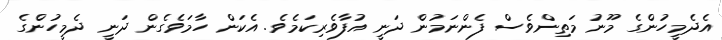
އެދެމީހުންގެ މޫނު މަތިންވެސް ފެންނަމުން ދަނީ އުފާވެރިކަމެވެ. އެކަން ހާމަވެގެން ދަނީ ދެމީހުންގެ